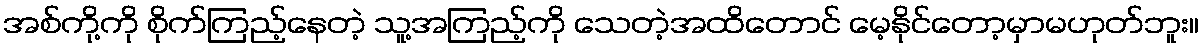
အစ်ကို့ကို စိုက်ကြည့်နေတဲ့ သူ့အကြည့်ကို သေတဲ့အထိတောင် မေ့နိုင်တော့မှာမဟုတ်ဘူး။